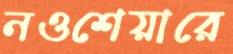
নওশেয়ারে